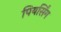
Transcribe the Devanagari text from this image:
पियर्सिंग